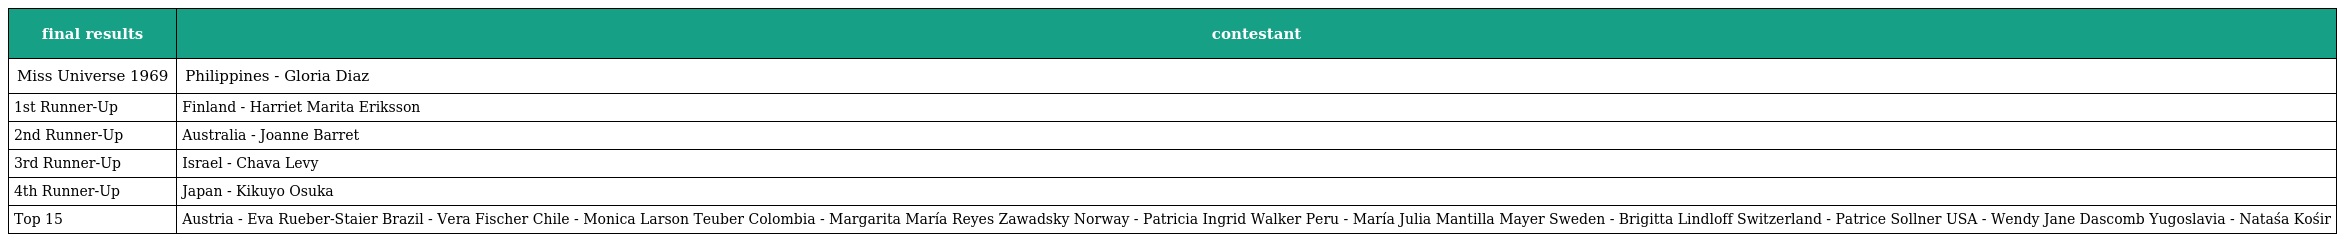
| final results | contestant |
 | --- | --- |
 | Miss Universe 1969 | Philippines - Gloria Diaz |
 | 1st Runner-Up | Finland - Harriet Marita Eriksson |
 | 2nd Runner-Up | Australia - Joanne Barret |
 | 3rd Runner-Up | Israel - Chava Levy |
 | 4th Runner-Up | Japan - Kikuyo Osuka |
 | Top 15 | Austria - Eva Rueber-Staier Brazil - Vera Fischer Chile - Monica Larson Teuber Colombia - Margarita María Reyes Zawadsky Norway - Patricia Ingrid Walker Peru - María Julia Mantilla Mayer Sweden - Brigitta Lindloff Switzerland - Patrice Sollner USA - Wendy Jane Dascomb Yugoslavia - Nataśa Kośir |